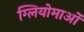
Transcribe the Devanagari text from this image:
ग्लियोमाओं